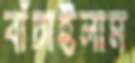
বাঁচাইলাম